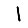
Digit: 1